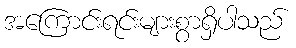
အကြောင်းရင်းများစွာရှိပါသည်